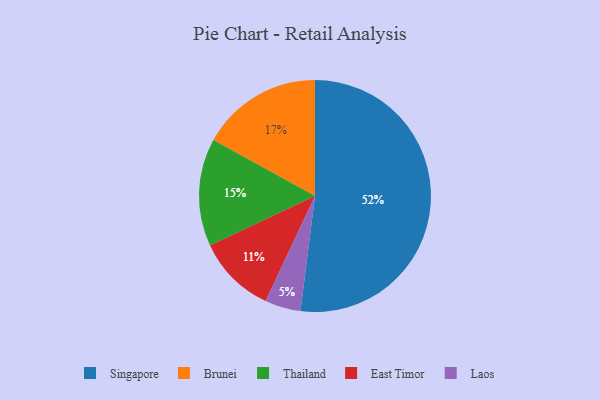
{"axis": {"x": "Category", "y": "Percentage"}, "legend": ["Brunei", "East Timor", "Laos", "Singapore", "Thailand"], "data": [{"x": "Singapore", "y": 52, "type": "Singapore"}, {"x": "Laos", "y": 5, "type": "Laos"}, {"x": "Thailand", "y": 15, "type": "Thailand"}, {"x": "Brunei", "y": 17, "type": "Brunei"}, {"x": "East Timor", "y": 11, "type": "East Timor"}]}